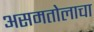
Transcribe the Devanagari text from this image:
असमतोलाचा